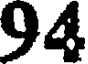
94